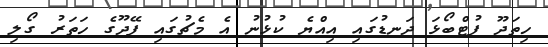
ހިތަދޫ ފުޓްބޯޅަ ދަނޑުގައި އިއްޔެ ކުޅުނު އެ މެޗުގައި ފޭދޫގެ ހަތަރު ގޯލި